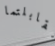
تقابلتما